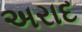
અરાદ